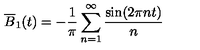
\overline { { B } } _ { 1 } ( t ) = - \frac { 1 } { \pi } \sum _ { n = 1 } ^ { \infty } \frac { \sin ( 2 \pi n t ) } { n }